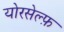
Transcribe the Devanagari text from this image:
योरसेल्फ़